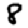
Digit: 8